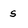
Character: s